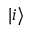
| i \rangle